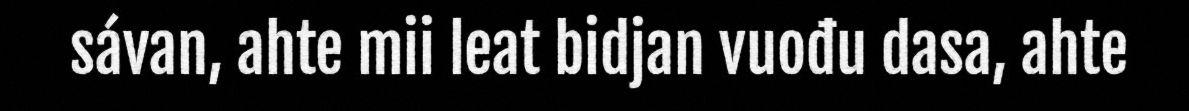
sávan, ahte mii leat bidjan vuođu dasa, ahte